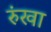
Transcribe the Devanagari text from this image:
रुंखा